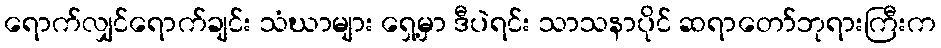
ရောက်လျှင်ရောက်ချင်း သံဃာများ ရှေ့မှာ ဒီပဲရင်း သာသနာပိုင် ဆရာတော်ဘုရားကြီးက